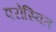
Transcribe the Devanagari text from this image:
एरोस्वित